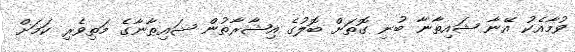
ވުމާއެކު އޭނާ ޝައިޠާނާ ބުނި ގޮތަށް ބޮލުގެ އިޝާރާތުން ޝައިޠާނާގެ މަތިވެރި ކަމަށް